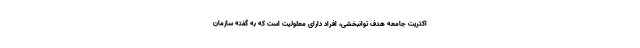
اکثریت جامعه هدف توانبخشی، افراد دارای معلولیت است که به گفته سازمان